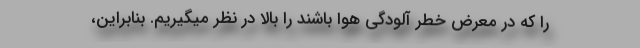
را که در معرض خطر آلودگی هوا باشند را بالا در نظر میگیریم. بنابراین،